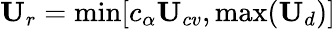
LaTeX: \textbf{U}_{r}=\operatorname*{min}[c_{\alpha}\textbf{U}_{cv},\operatorname*{max}(\textbf{U}_{d})]